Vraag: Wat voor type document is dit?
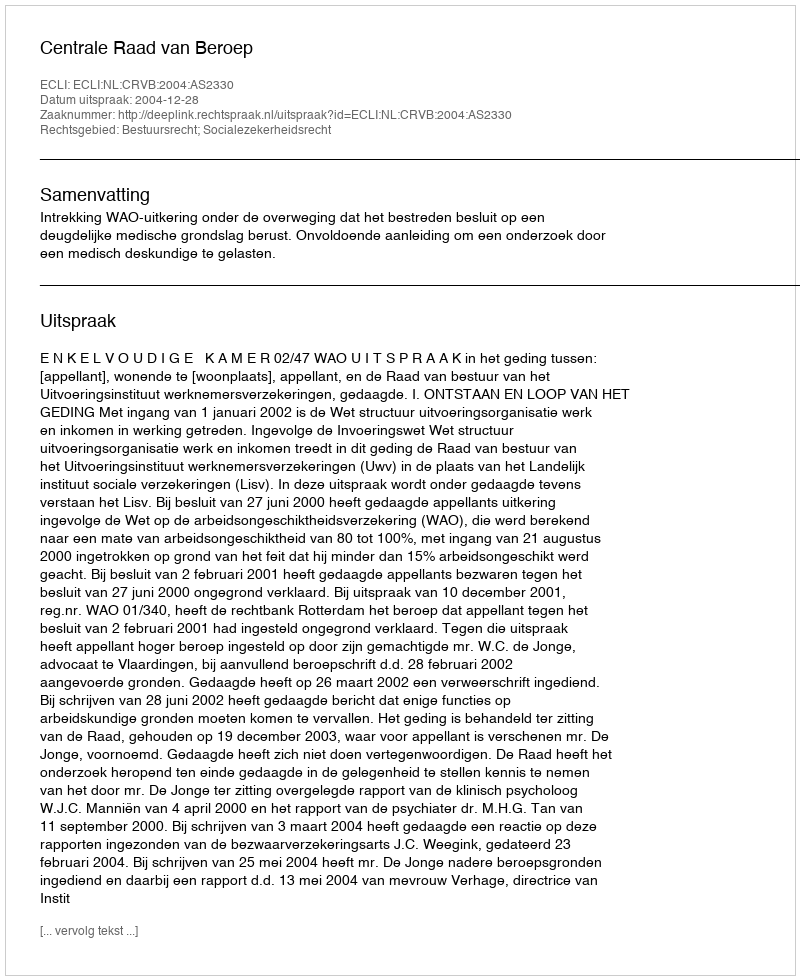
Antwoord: Uitspraak